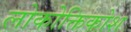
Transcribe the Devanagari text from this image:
लोकोक्तिकोश